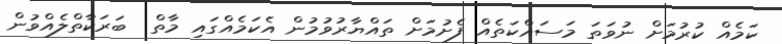
ކަމެއް ކުރުމަށް ނުވަތަ މަސައްކަތެއް ފެށުމަށް ތައްޔާރުވުމުން އެކަމެއްގައި މާތް  ބަރަކާތްލެއްވުން